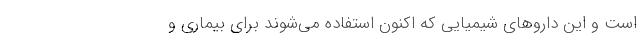
است و این داروهای شیمیایی که اکنون استفاده می‌شوند برای بیماری و